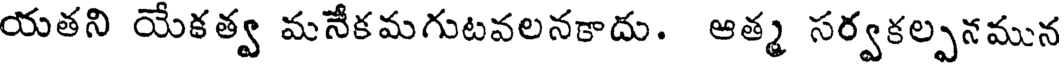
యతని యేకత్వ మనేకమగుటవలనకాదు. ఆత్మ సర్వకల్పనమున